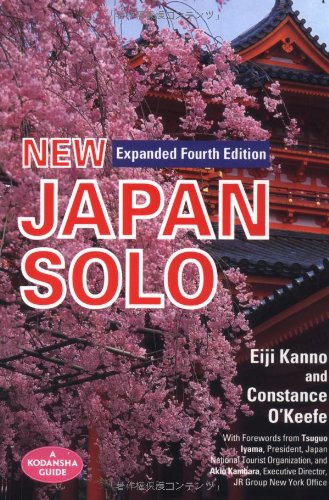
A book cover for New Japan Solo; Eiji Kanno; Travel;